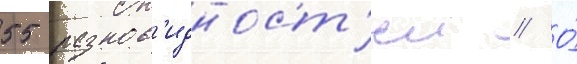
55 разнов'идност'еи // О́